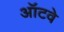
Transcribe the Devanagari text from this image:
ऑटवे